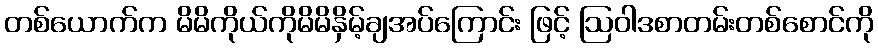
တစ်ယောက်က မိမိကိုယ်ကိုမိမိနှိမ့်ချအပ်ကြောင်း ဖြင့် ဩဝါဒစာတမ်းတစ်စောင်ကို